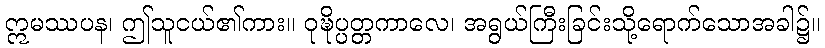
ဣမဿပန၊ ဤသူငယ်၏ကား။ ဝုဍ္ဎိပ္ပတ္တကာလေ၊ အရွယ်ကြီးခြင်းသို့ရောက်သောအခါ၌။